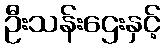
ဦးသန်းဌေးနှင့်